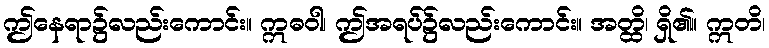
ဤနေရာ၌လည်းကောင်း။ ဣဓဝါ၊ ဤအရပ်၌လည်းကောင်း။ အတ္ထိ၊ ရှိ၏။ ဣတိ၊